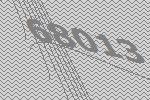
68013